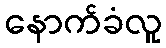
နောက်ခံလူ